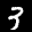
Label: 3